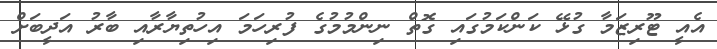
އެއީ ޓޫރިޒަމާ ގުޅޭ ކަންކަމުގައި ގޮތް ނިންމުމުގެ ފުރިހަމަ އިހުތިޔާރާއި ބާރު އަދީބަށް